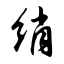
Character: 绡